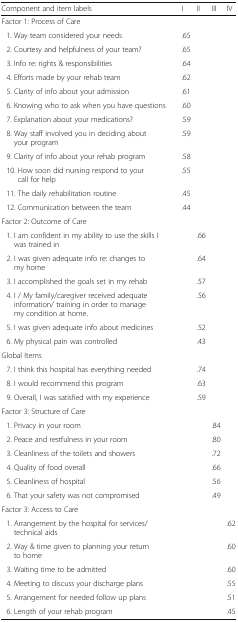
| Component and item labels | I | II | III | IV |
 | --- | --- | --- | --- | --- |
 | <COLSPAN=5> Factor 1: Process of Care |
 | 1. Way team considered your needs | .65 |  |  |  |
 | 2. Courtesy and helpfulness of your team? | .65 |  |  |  |
 | 3. Info re: rights & responsibilities | .64 |  |  |  |
 | 4. Efforts made by your rehab team | .62 |  |  |  |
 | 5. Clarity of info about your admission | .61 |  |  |  |
 | 6. Knowing who to ask when you have questions | .60 |  |  |  |
 | 7. Explanation about your medications? | .59 |  |  |  |
 | 8. Way staff involved you in deciding about your program | .59 |  |  |  |
 | 9. Clarity of info about your rehab program | .58 |  |  |  |
 | 10. How soon did nursing respond to your call for help | .55 |  |  |  |
 | 11. The daily rehabilitation routine | .45 |  |  |  |
 | 12. Communication between the team | .44 |  |  |  |
 | <COLSPAN=5> Factor 2: Outcome of Care |
 | 1. I am confident in my ability to use the skills I was trained in |  | .66 |  |  |
 | 2. I was given adequate info re: changes to my home |  | .64 |  |  |
 | 3. I accomplished the goals set in my rehab |  | .57 |  |  |
 | 4. I / My family/caregiver received adequate information/ training in order to manage my condition at home. |  | .56 |  |  |
 | 5. I was given adequate info about medicines |  | .52 |  |  |
 | 6. My physical pain was controlled |  | .43 |  |  |
 | <COLSPAN=5> Global Items |
 | 7. I think this hospital has everything needed |  | .74 |  |  |
 | 8. I would recommend this program |  | .63 |  |  |
 | 9. Overall, I was satisfied with my experience |  | .59 |  |  |
 | <COLSPAN=5> Factor 3: Structure of Care |
 | 1. Privacy in your room |  |  | .84 |  |
 | 2. Peace and restfulness in your room |  |  | .80 |  |
 | 3. Cleanliness of the toilets and showers |  |  | .72 |  |
 | 4. Quality of food overall |  |  | .66 |  |
 | 5. Cleanliness of hospital |  |  | .56 |  |
 | 6. That your safety was not compromised |  |  | .49 |  |
 | <COLSPAN=5> Factor 3: Access to Care |
 | 1. Arrangement by the hospital for services/technical aids |  |  |  | .62 |
 | 2. Way & time given to planning your return to home |  |  |  | .60 |
 | 3. Waiting time to be admitted |  |  |  | .60 |
 | 4. Meeting to discuss your discharge plans |  |  |  | .55 |
 | 5. Arrangement for needed follow up plans |  |  |  | .51 |
 | 6. Length of your rehab program |  |  |  | .45 |